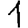
Digit: 1